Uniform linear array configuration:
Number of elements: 64
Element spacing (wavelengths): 0.75
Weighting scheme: hann
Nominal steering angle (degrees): -30
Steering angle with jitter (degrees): -29.115
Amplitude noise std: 0.05
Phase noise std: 0.05

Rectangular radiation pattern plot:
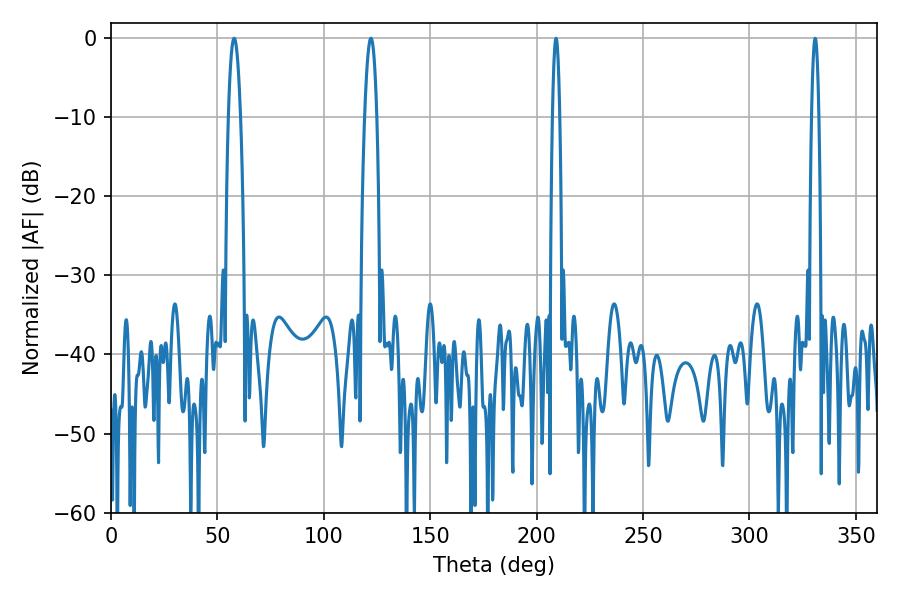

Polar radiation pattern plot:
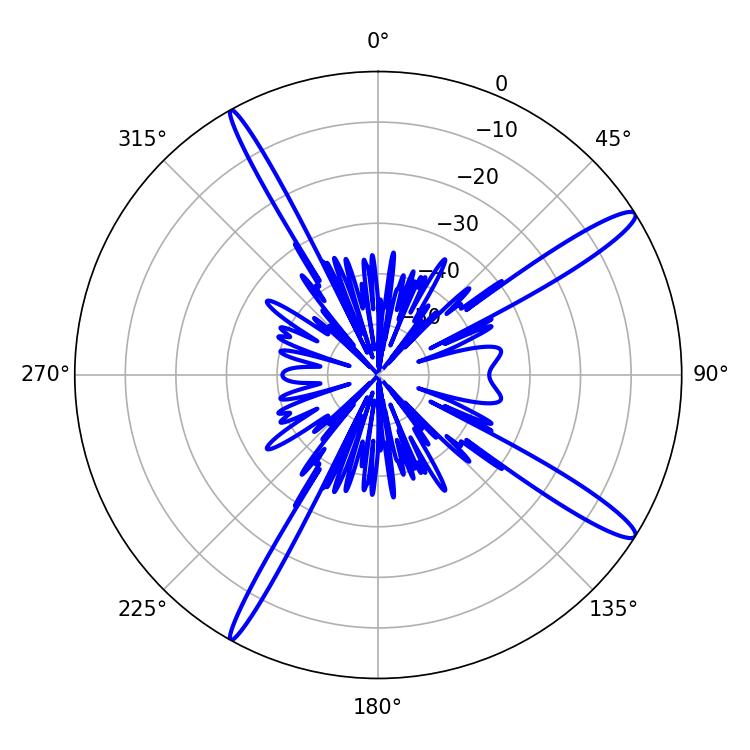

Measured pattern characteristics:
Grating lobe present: TRUE
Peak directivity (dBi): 14.8
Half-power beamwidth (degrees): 1.8
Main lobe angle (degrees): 330.84